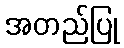
အတည်ပြု